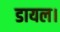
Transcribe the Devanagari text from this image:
डायल।